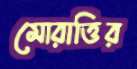
মোরাত্তির